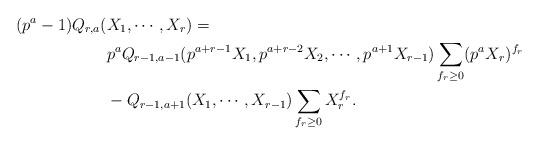
LaTeX: \begin{align*} (p^a-1)Q_{r,a}(&X_1,\cdots,X_r) = \\ &p^a Q_{r-1,a-1}(p^{a+r-1}X_1,p^{a+r-2}X_2,\cdots,p^{a+1}X_{r-1}) \sum_{f_r\ge0}(p^aX_r)^{f_r} \\&-Q_{r-1,a+1}(X_1,\cdots,X_{r-1})\sum_{f_r\ge0}X_r^{f_r}.\end{align*}